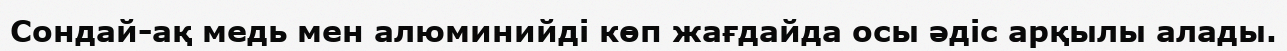
Сондай-ақ медь мен алюминийді көп жағдайда осы әдіс арқылы алады.